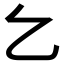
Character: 𠃉